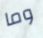
وما